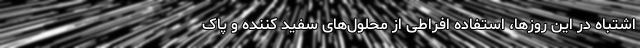
اشتباه در این روزها، استفاده افراطی از محلول‌های سفید کننده و پاک